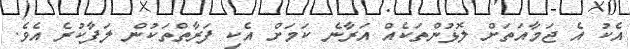
އެކު އެ ޖަމާއަތަށް ލޮޅުންތަކެއް އަރާނެ ކަމަށް އެކި ފަރާތްތަކުން ލަފާކުރެ އެވެ.